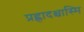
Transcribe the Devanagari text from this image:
प्रह्लादश्चास्मि